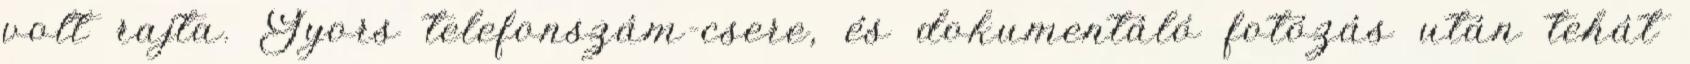
volt rajta. Gyors telefonszám-csere, és dokumentáló fotózás után tehát